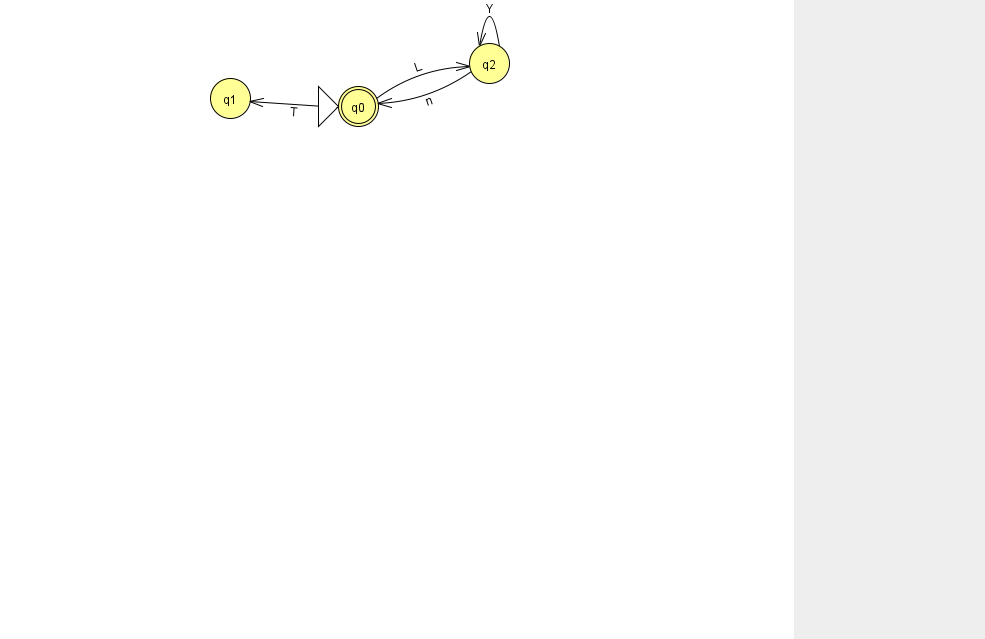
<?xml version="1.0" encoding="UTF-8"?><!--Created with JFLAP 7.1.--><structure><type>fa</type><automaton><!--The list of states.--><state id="0" name="q0"><x>358.0</x><y>93.0</y><initial/><final/></state><state id="1" name="q1"><x>230.0</x><y>85.0</y></state><state id="2" name="q2"><x>489.0</x><y>50.0</y></state><!--The list of transitions.--><transition><from>0</from><to>1</to><read>T</read></transition><transition><from>2</from><to>2</to><read>Y</read></transition><transition><from>2</from><to>0</to><read>n</read></transition><transition><from>0</from><to>2</to><read>L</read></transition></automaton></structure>